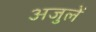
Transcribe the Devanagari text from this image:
अजुलें